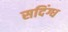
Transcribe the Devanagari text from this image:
सदिंग्ध